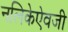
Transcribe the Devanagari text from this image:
नलिकेऐवजी